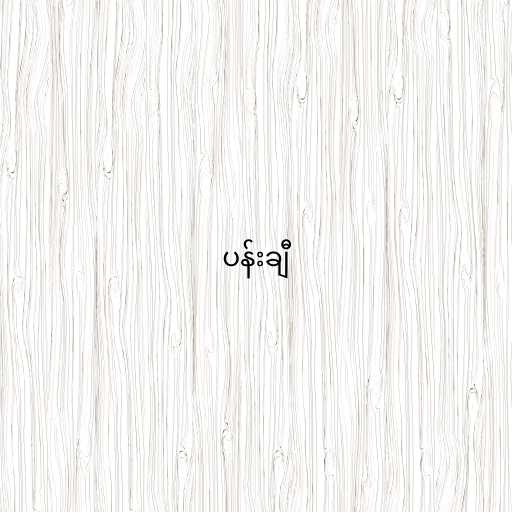
ပန်းချီ